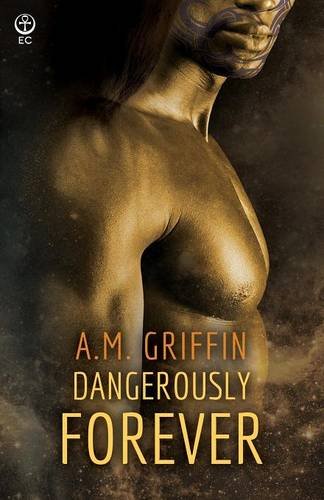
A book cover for Dangerously Forever (Loving Dangerously ) (Volume 5); A.M. Griffin; Romance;